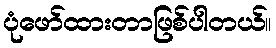
ပုံဖော်ထားတာဖြစ်ပါတယ်။